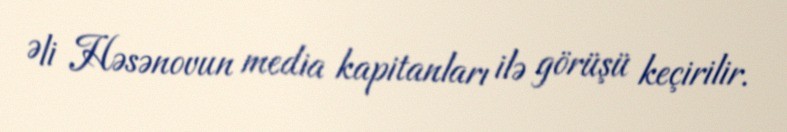
Əli Həsənovun media kapitanları ilə görüşü keçirilir.